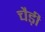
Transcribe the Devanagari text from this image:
चैड़ी